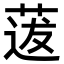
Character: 𦳺